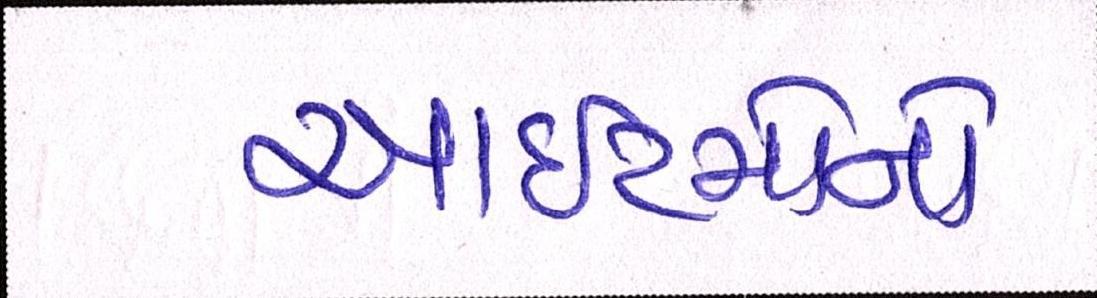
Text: આઈટમોનો